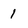
Character: 1